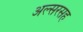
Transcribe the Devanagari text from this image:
अल्सरसह